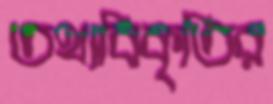
তথ্যবিকৃতির